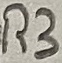
Text: R3